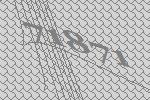
71871